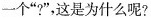
一个”?”，这是为什么呢?